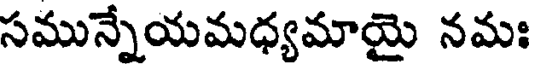
సమున్నేయమధ్యమాయై నమః